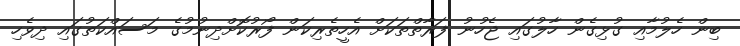
ބިން ހެލުމާއި ގުޅިގެން ހާލުގައި ޖެހުނު ފަރާތްތަކަށް އެހީތެރިކަން ފޯރުކޮށްދިނުމުގެ މަސައްކަތުގައި ދިވެހި